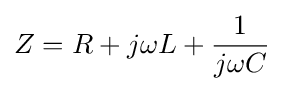
Z=R+j\omega L+{\frac {1}{j\omega C}}